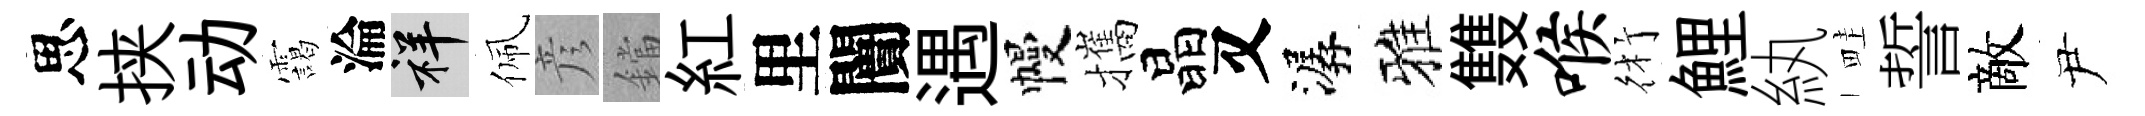
思挟动靄淪祥佩彦鐺紅里闠遇幔攜晶又潺雅䨇喉術鯉紈畦誓敵尹